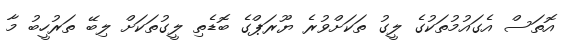
އޮތަސް އެގައުމުތަކުގެ ލީގު ތަކަށްވުރެ ޔޫރަޕްގެ ބޮެޑެތި ލީގުތަކަށް ލިބޭ ތަރުހީބު މާ